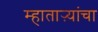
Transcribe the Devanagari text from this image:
म्हाताऱ्यांचा